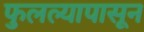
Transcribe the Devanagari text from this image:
फुलल्यापासून